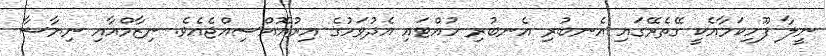
ނީލާ ފޫހިކަމާއެކީ ގޭތެރޭގައި އެނބުރި އެނބުރި ހުއްޓައި އެދުވަހުގެ އިރުއޮއްސިއްޖެއެވެ. ނިޒާމްއާއި ނިޔާޝާ